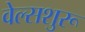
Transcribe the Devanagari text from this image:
वेल्सशुरू